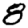
Digit: 8